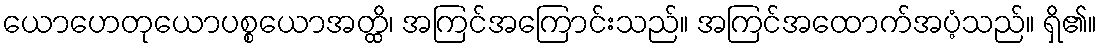
ယောဟေတုယောပစ္စယောအတ္ထိ၊ အကြင်အကြောင်းသည်။ အကြင်အထောက်အပံ့သည်။ ရှိ၏။